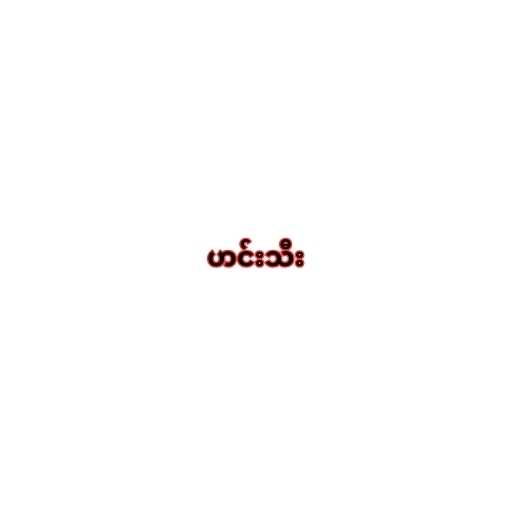
ဟင်းသီး